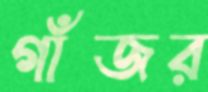
গাঁজর